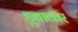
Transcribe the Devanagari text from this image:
डूबाकर